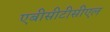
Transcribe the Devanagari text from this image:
एबीसीटीसीएल